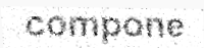
compone